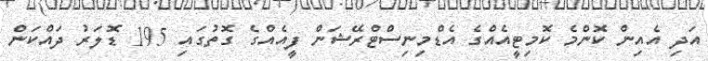
އަދި އެއިން ކޮންމެ ކޮމިޓީއެއްގެ އެޑްމިނިސްޓްރޭޝަން ފީއެއްގެ ގޮތުގައި 195 ޑޮލަރު ދައްކަން